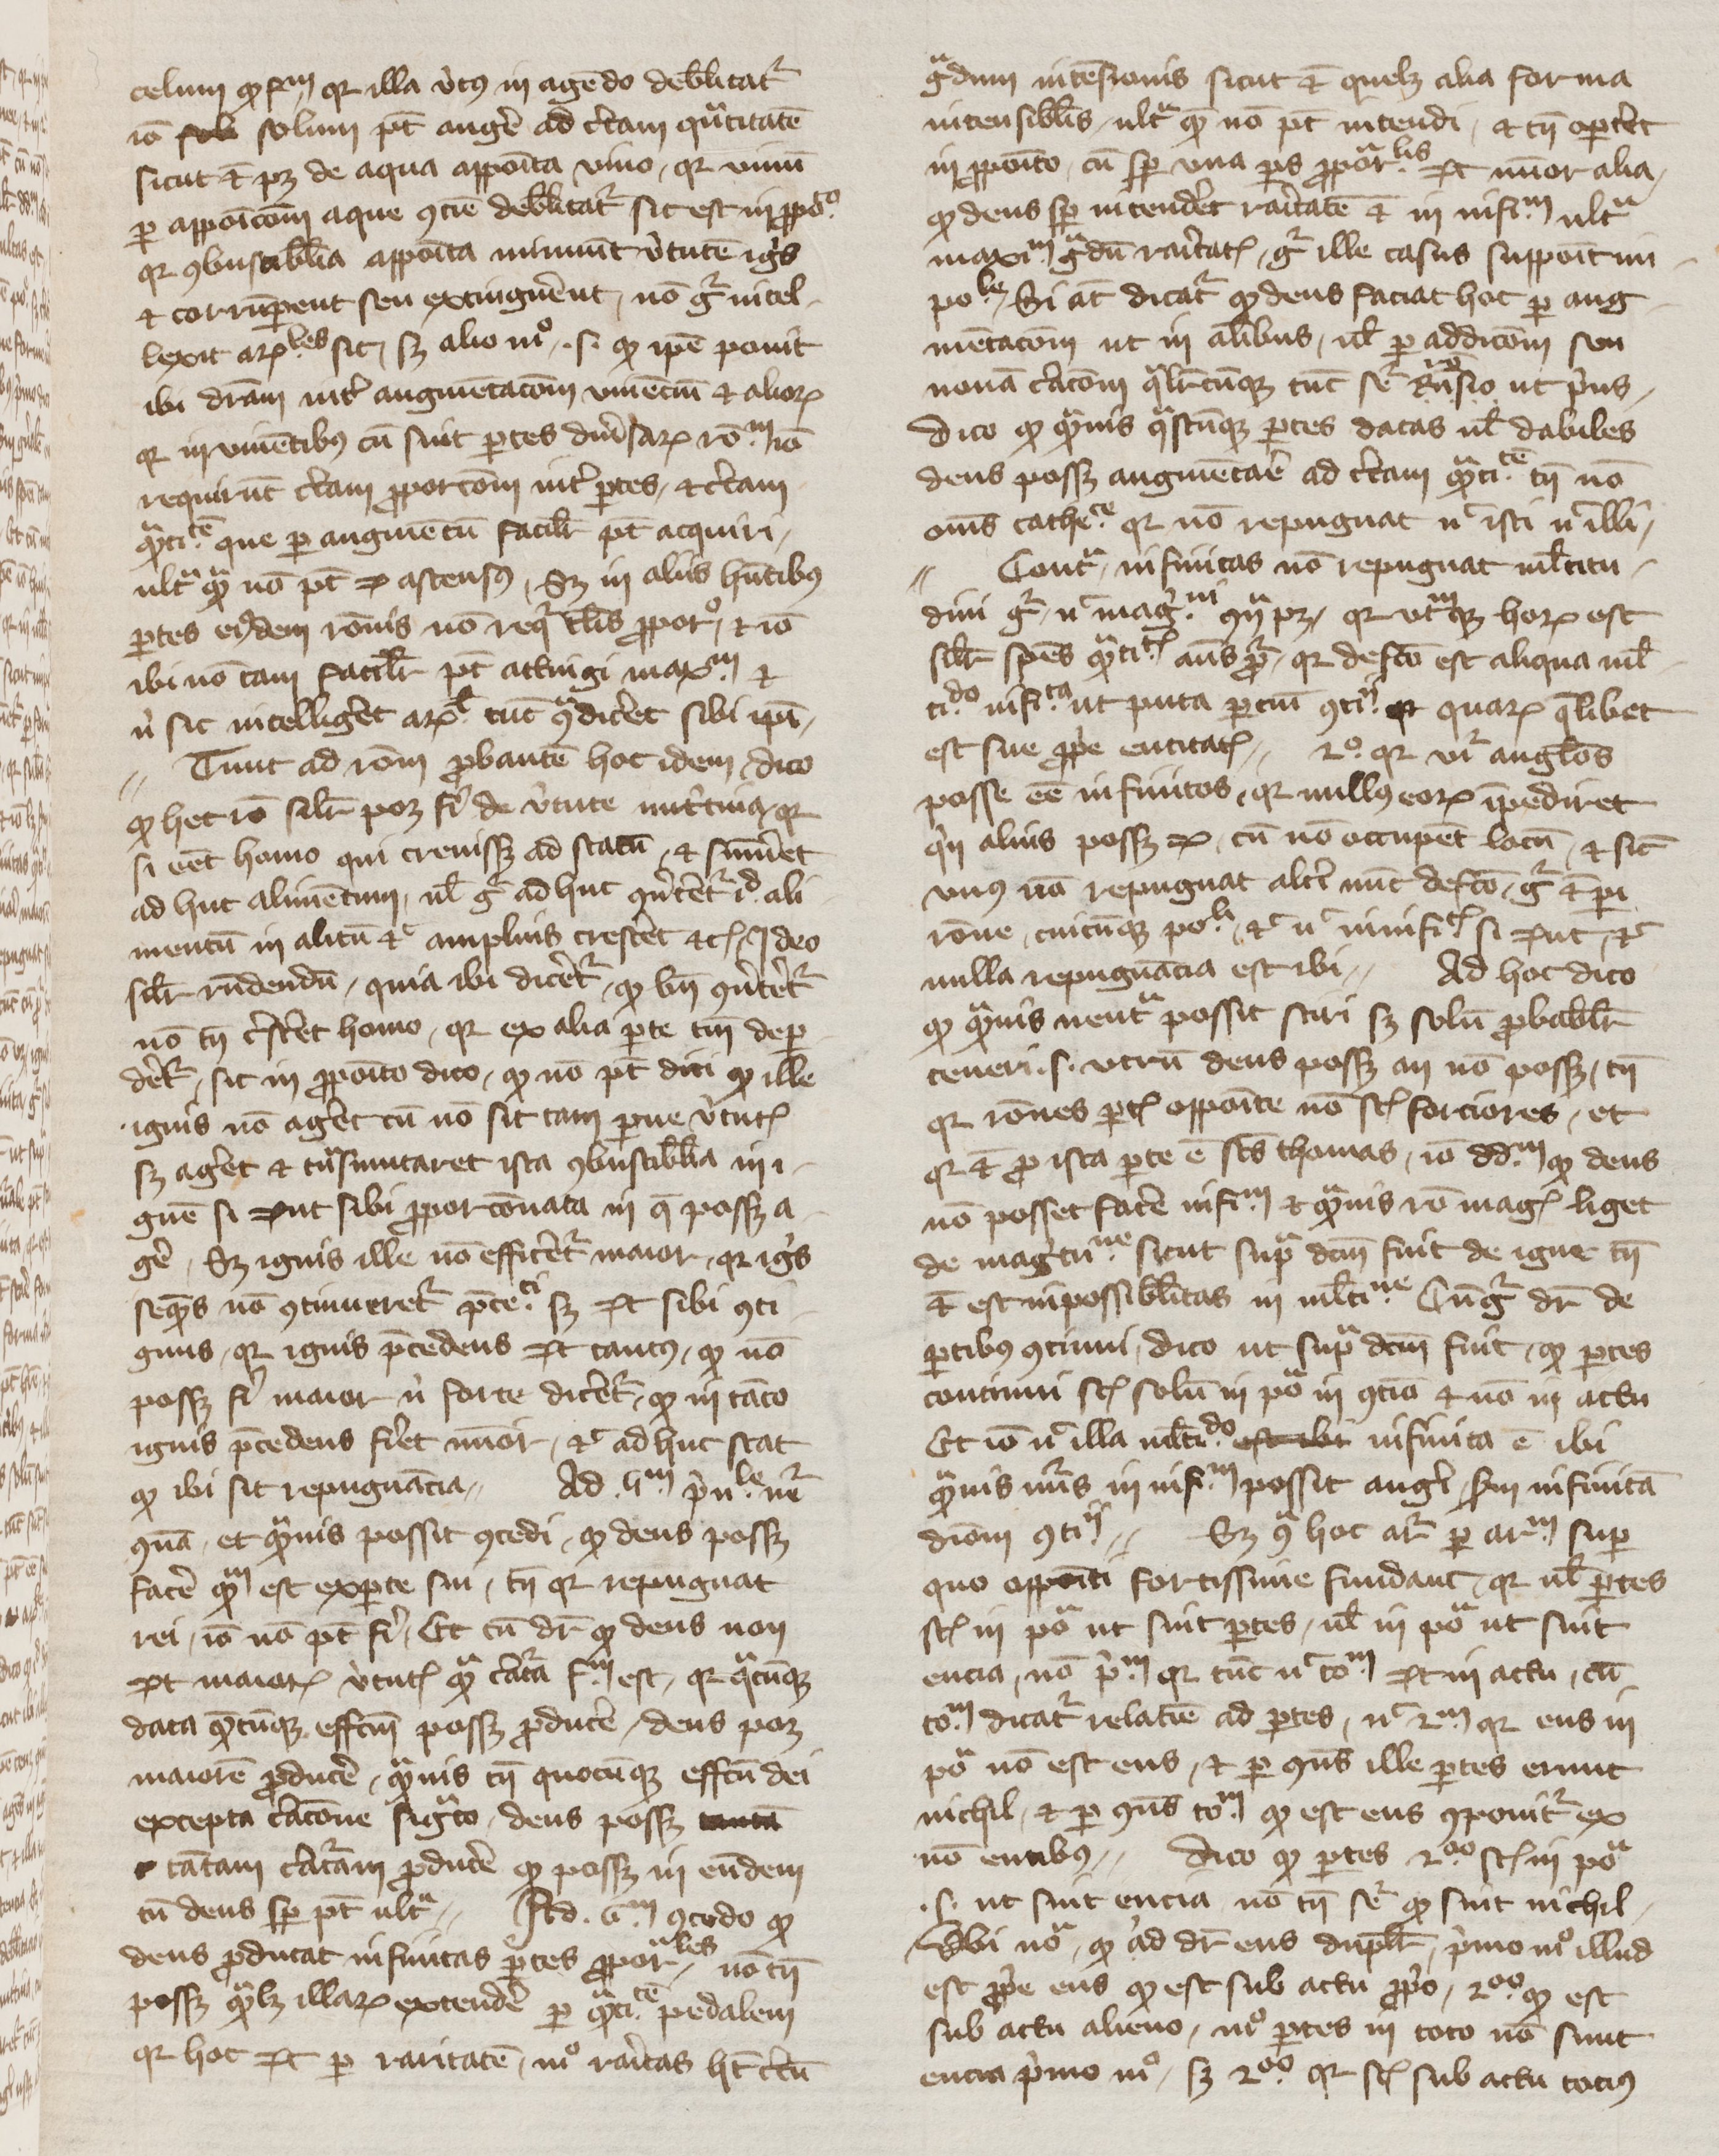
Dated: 1350–1399